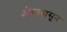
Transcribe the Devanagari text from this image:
औसापासून